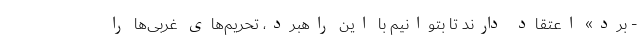
- برد» اعتقاد دارند تا بتوانیم با این راهبرد، تحریم‌های غربی‌ها را